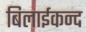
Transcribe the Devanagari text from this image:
बिलाईकन्द